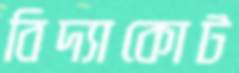
বিদ্যাকোট